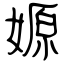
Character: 嫄